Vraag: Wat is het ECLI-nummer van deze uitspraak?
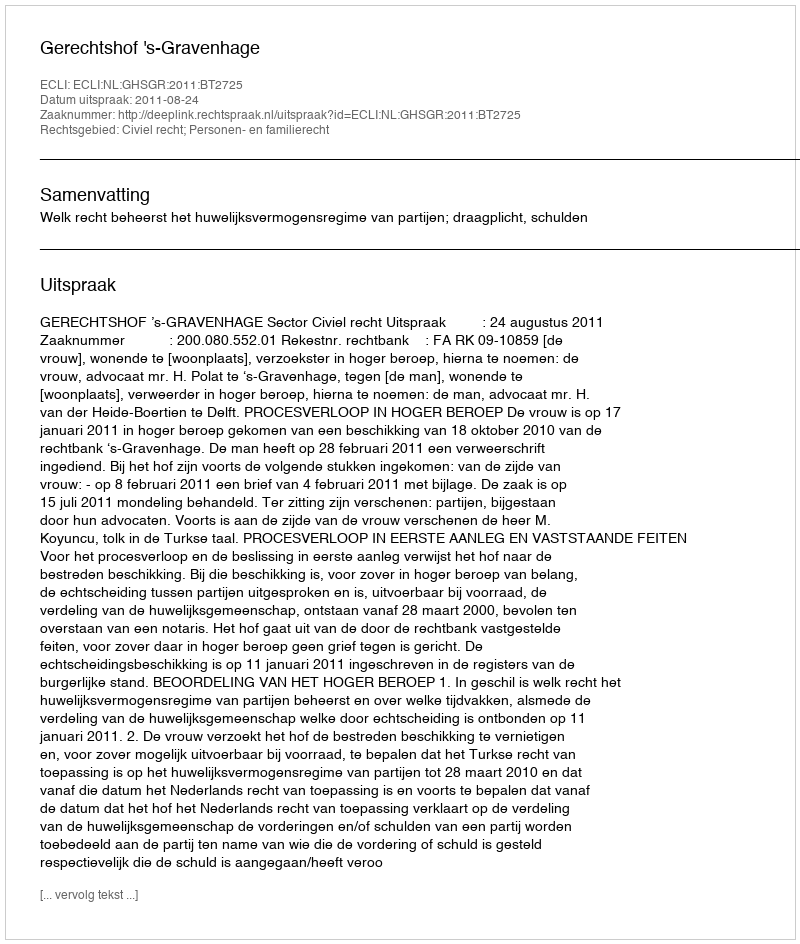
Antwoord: ECLI:NL:GHSGR:2011:BT2725